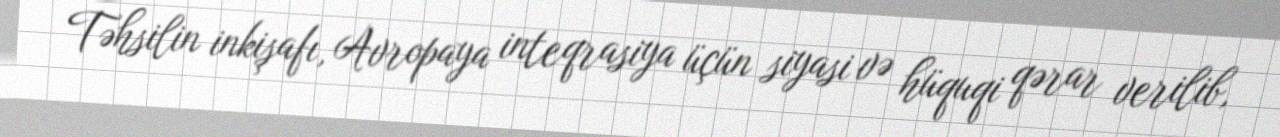
Təhsilin inkişafı, Avropaya inteqrasiya üçün siyasi və hüquqi qərar verilib,